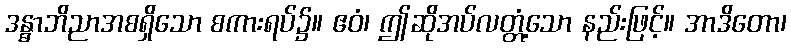
ဒန္ဓာဘိညာအစရှိသော စကားရပ်၌။ ဧဝံ၊ ဤဆိုအပ်လတ္တံ့သော နည်းဖြင့်။ အာဒိတော၊